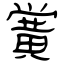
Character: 黉